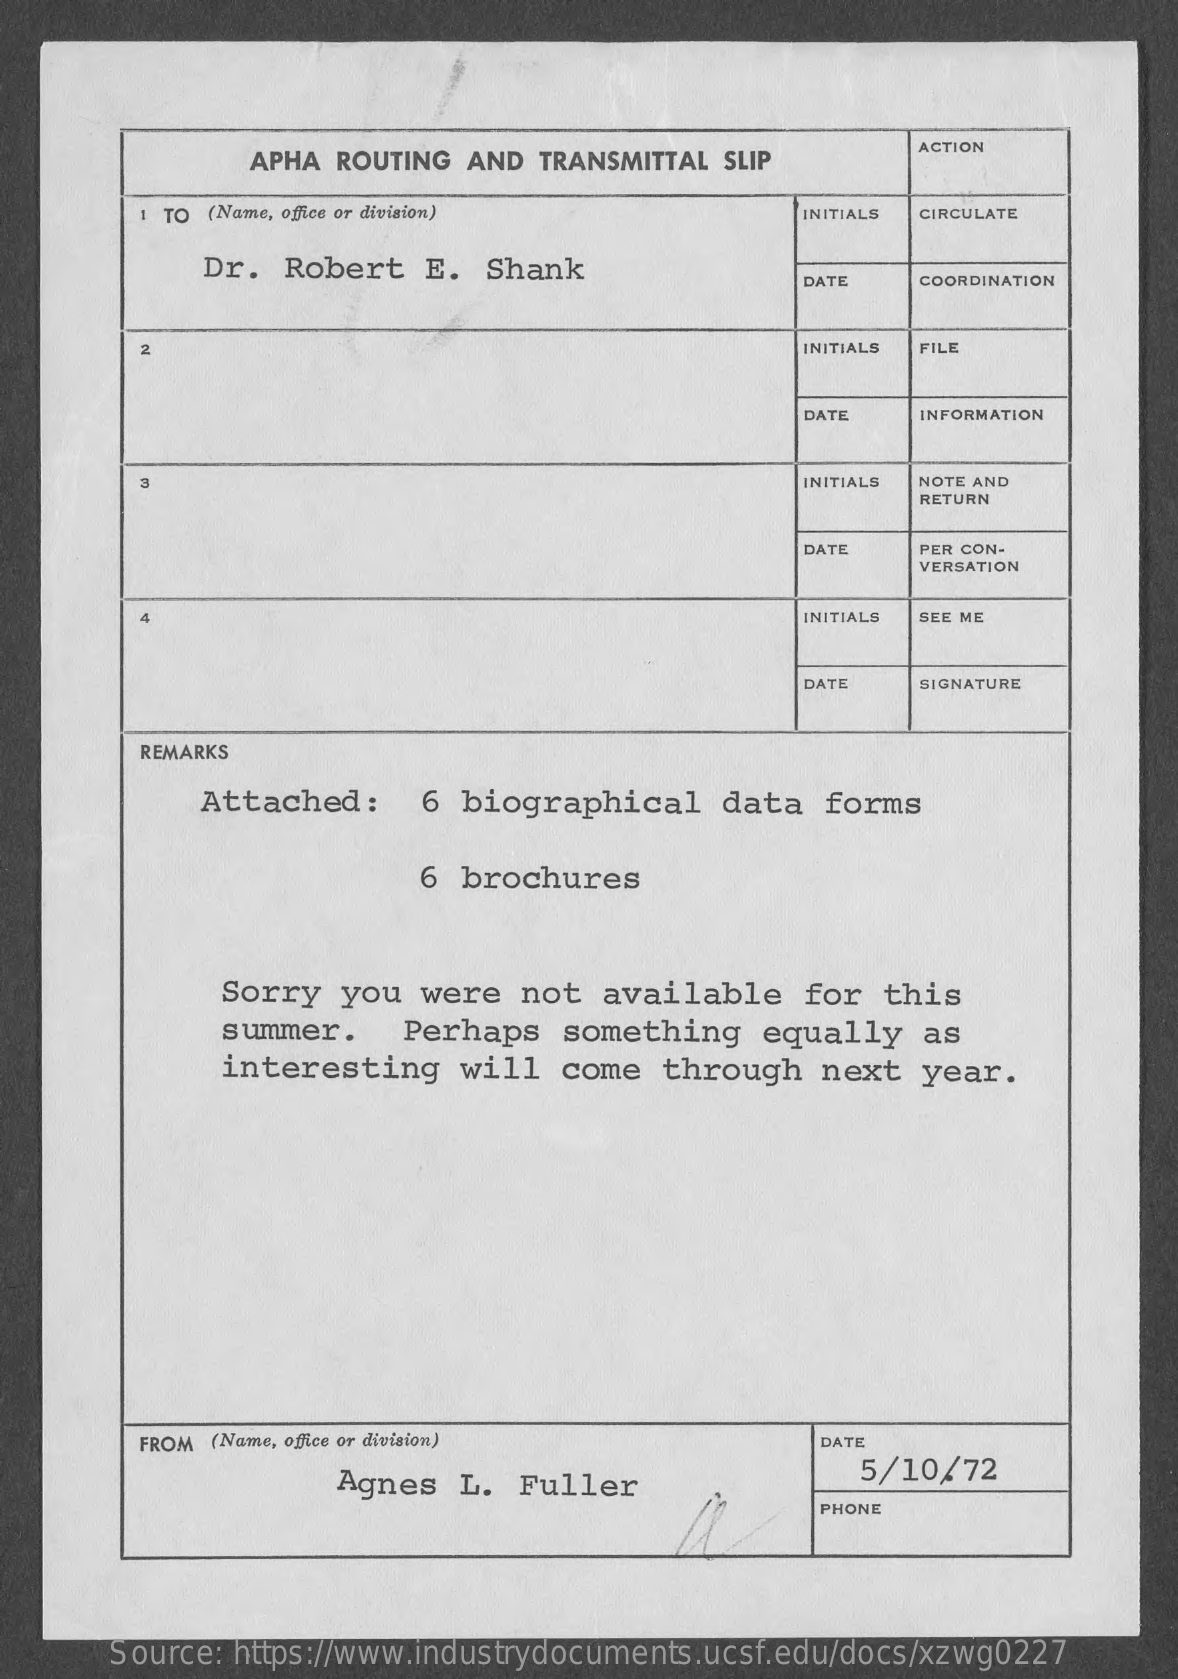
APHA ROUTING AND TRANSMITTAL SLIP
     ACTION
     1 TO (Name, office or division)    INITIALS CIRCULATE
     Dr.  Robert  E.  Shank
     DATE   COORDINATION
     2    INITIALS FILE
     DATE   INFORMATION
     3    INITIALS NOTE AND
     RETURN
     DATE   PER CON-
     VERSATION
     4    INITIALS SEE ME
     DATE   SIGNATURE
     REMARKS
     Attached:    6  biographical    data  forms
     6 brochures
     Sorry  you  were  not  available    for  this
     summer.    Perhaps   something   equally   as
     interesting   will   come  through   next  year.
     FROM (Name, office or division)    DATE
     Agnes  L.  Fuller
     5/10/72
     PHONE
     Source: https://www.industrydocuments.ucsf.edu/docs/xzwg0227